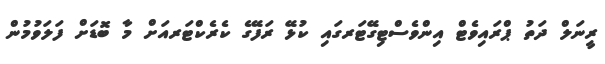
ރީނަލް ދަތު ޕްރައިވެޓް އިންވެސްޓިގޭޓަރގައި ކުޅޭ ރަފޭގެ ކެރެކްޓަރއަށް މާ ބޮޑަށް ފަލަވުމުން